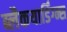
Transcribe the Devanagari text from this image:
ब्लैकयार्डिंग्न्स